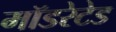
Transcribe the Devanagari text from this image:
मॉडरेटेड